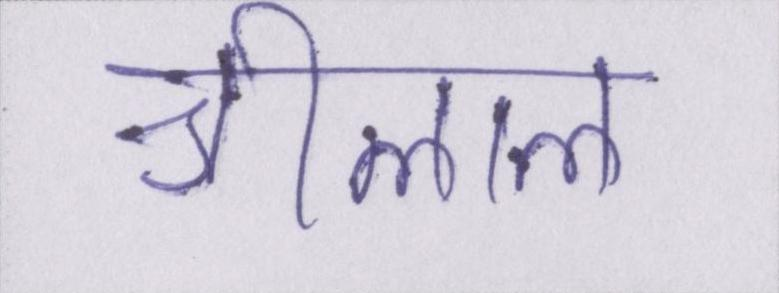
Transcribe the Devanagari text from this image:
श्रीलाल